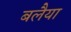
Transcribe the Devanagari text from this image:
बलैया